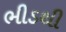
ભીડથી